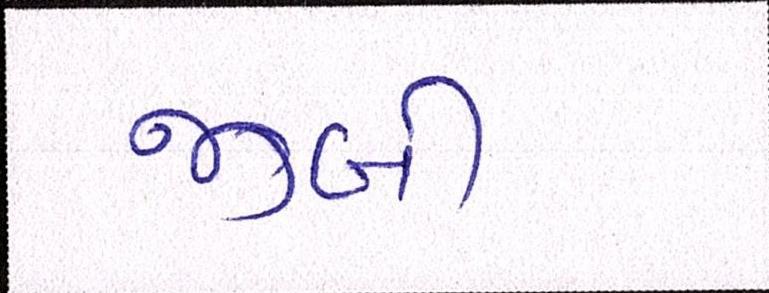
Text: જીબી